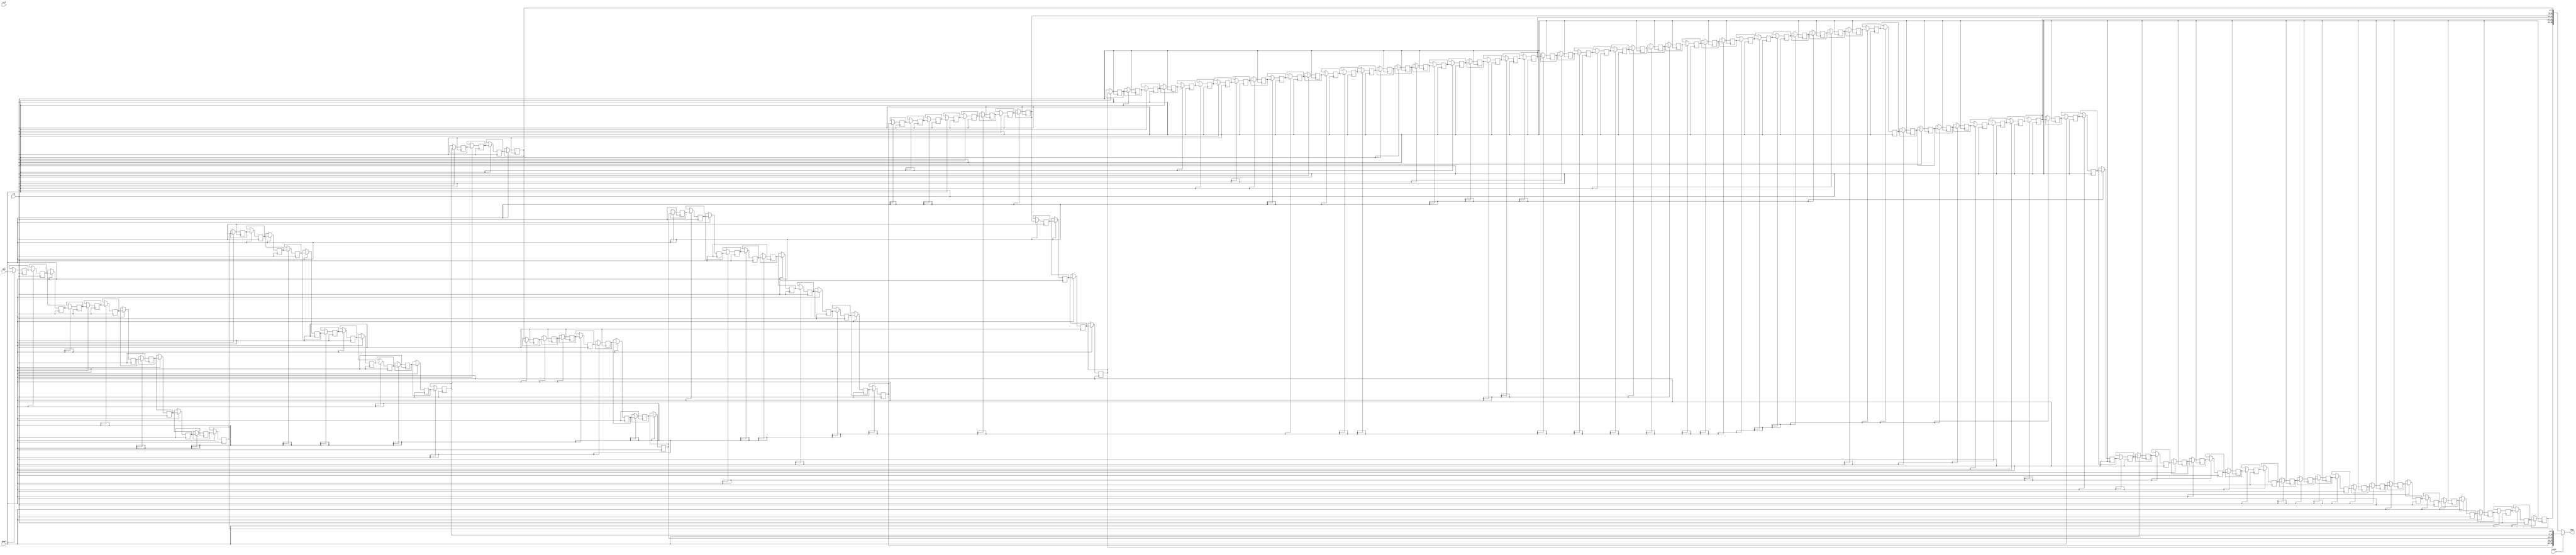
// This program was cloned from: https://github.com/XueTianyu24/cnn_accelerator
// License: MIT License

// 
// 
module window   
(
    input  clk,
    input  rstn,
    input  start,       // 
    input  state,                   
    input  [7:0]  din,  
    output [39:0] taps  // 
);
           
	integer i;
	reg [7:0] mem [0:139];
	
	// 14028*5
	always@(posedge clk)begin
		if(start)
			begin
				mem[0] <= din;           
				for(i=0;i<139;i=i+1) 
					mem[i+1] <= mem[i];
			end
	end
	// state=0:28*28   state=1:12*12
	assign taps = (!state)?{mem[139],mem[111],mem[83],mem[55],mem[27]}:{mem[59],mem[47],mem[35],mem[23],mem[11]};

endmodule